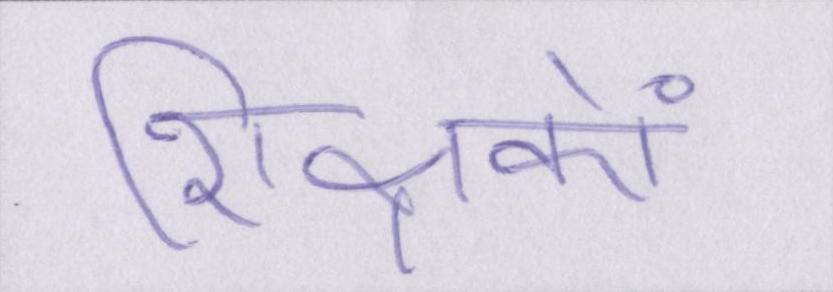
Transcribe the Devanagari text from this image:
शिक्षकों